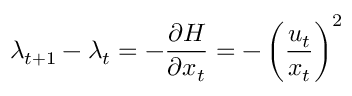
\lambda _ { t + 1 } - \lambda _ { t } = - { \frac { \partial H } { \partial x _ { t } } } = - \left( { \frac { u _ { t } } { x _ { t } } } \right) ^ { 2 }